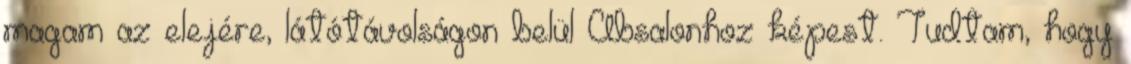
magam az elejére, látótávolságon belül Absalonhoz képest. Tudtam, hogy